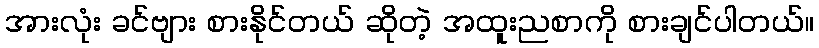
အားလုံး ခင်ဗျား စားနိုင်တယ် ဆိုတဲ့ အထူးညစာကို စားချင်ပါတယ်။